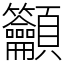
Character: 𥸤